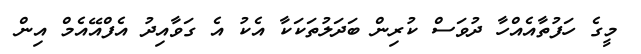
މީގެ ހަފުތާއެއްހާ ދުވަސް ކުރިން ބަދަލުތަކަކާ އެކު އެ ގަވާއިދު އެފްއޭއެމް އިން